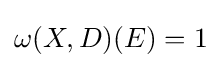
\omega (X,D)(E)=1